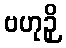
ဗဟုဉှိ